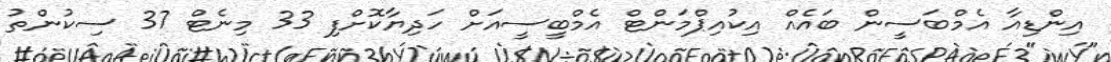
އިންޑިއާ އެމްބަސީން ބައެއް އިކުއިޕްމަންޓް އެމްބީސީއަށް ހަދިޔާކޮށްފި 33 މިނެޓް 37 ސިކުންތު